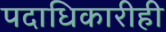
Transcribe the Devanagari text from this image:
पदाधिकारीही